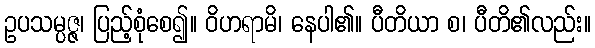
ဥပသမ္ပဇ္ဇ၊ ပြည့်စုံစေ၍။ ဝိဟရာမိ၊ နေပါ၏။ ပီတိယာ စ၊ ပီတိ၏လည်း။